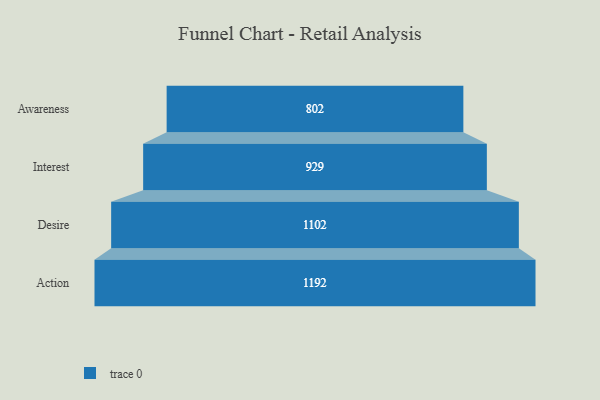
{"axis": {"x": "Stage", "y": "Value"}, "legend": [""], "data": [{"x": "Awareness", "y": 802.0, "type": ""}, {"x": "Interest", "y": 929.0, "type": ""}, {"x": "Desire", "y": 1102.0, "type": ""}, {"x": "Action", "y": 1192.0, "type": ""}]}